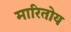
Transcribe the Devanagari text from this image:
मारितोय